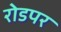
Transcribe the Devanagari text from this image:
रोडपर